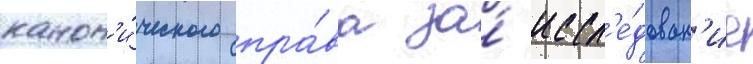
канон'и́ческого пра́ва за́ иссл'е́дован'ие